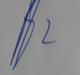
Signature authenticity: genuine